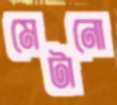
মেটানো